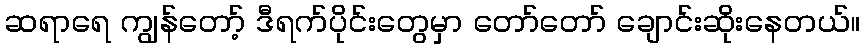
ဆရာရေ ကျွန်တော့် ဒီရက်ပိုင်းတွေမှာ တော်တော် ချောင်းဆိုးနေတယ်။